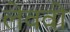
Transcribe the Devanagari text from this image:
लेववी